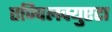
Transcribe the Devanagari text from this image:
एज्पिलक्युएटा